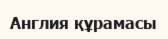
Англия құрамасы